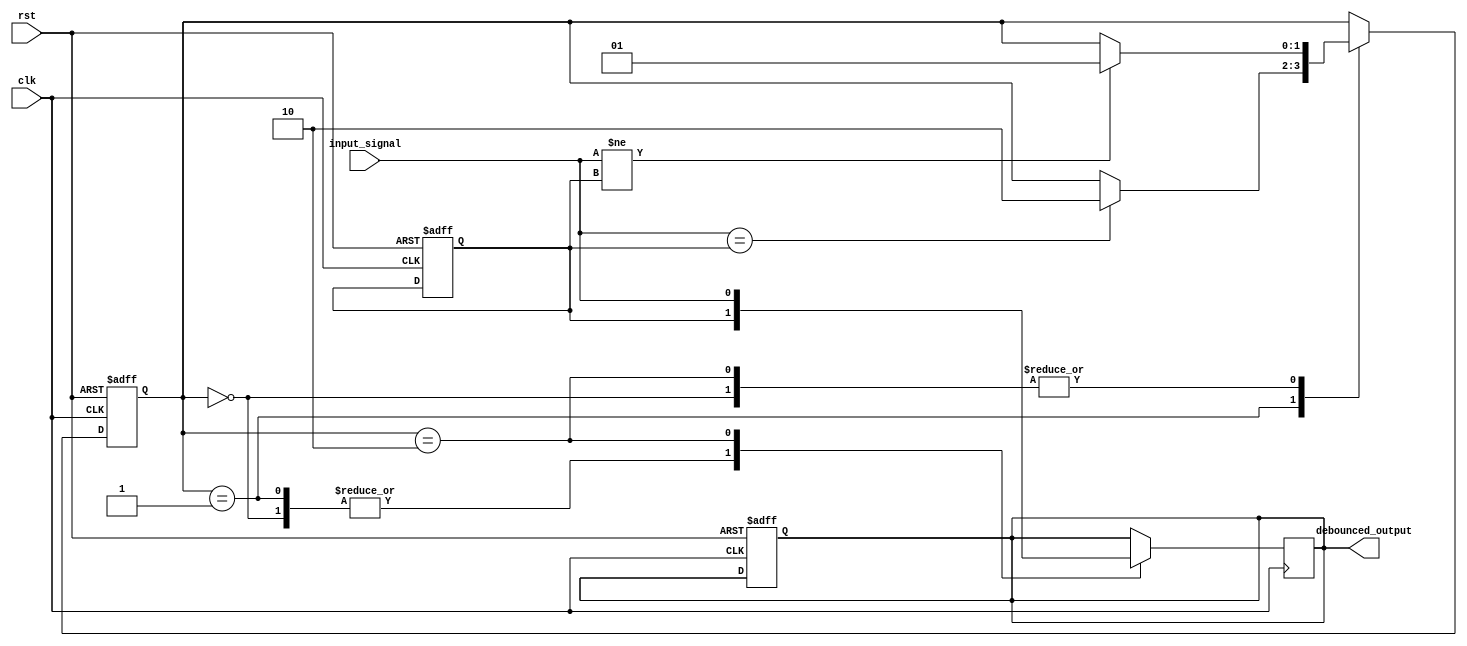
module debounce (
    input wire clk,        // clock signal
    input wire rst,        // reset signal
    input wire input_signal,  // input signal to be debounced
    output reg debounced_output // output signal after debounce
);

reg [1:0] state; // state register to keep track of debounce state
reg prev_input; // previous input signal

parameter debounce_time = 10; // debounce time in clock cycles

always @(posedge clk or posedge rst) begin
    if (rst) begin
        state <= 2'b00; // reset state to initial state
        prev_input <= 1'b0; // reset previous input
        debounced_output <= 1'b0; // reset output
    end else begin
        case (state)
            2'b00: begin  // idle state
                if (input_signal != prev_input) begin
                    state <= 2'b01; // transition to bounce state
                end
            end
            2'b01: begin  // bounce state
                if (input_signal == prev_input) begin
                    state <= 2'b10; // transition to stable state
                end
            end
            2'b10: begin  // stable state
                if (input_signal != prev_input) begin
                    state <= 2'b01; // transition to bounce state
                end
            end
        endcase
    end
end

always @(posedge clk) begin
    case (state)
        2'b00: begin  // idle state
            debounced_output <= prev_input; // output is same as previous input
        end
        2'b01: begin  // bounce state
            debounced_output <= prev_input; // output is same as previous input
        end
        2'b10: begin  // stable state
            debounced_output <= input_signal; // output is debounced input
        end
    endcase
end

endmodule